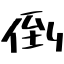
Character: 倒